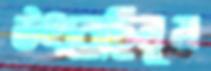
উৎরেছিলুম